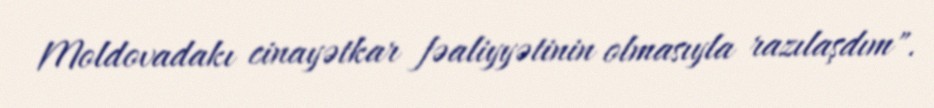
Moldovadakı cinayətkar fəaliyyətinin olmasıyla razılaşdım".